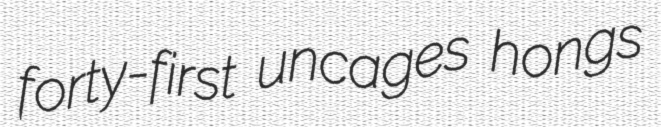
forty-first uncages hongs